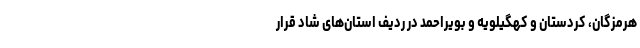
هرمزگان، کردستان و کهگیلویه و بویراحمد در ردیف استان‌های شاد قرار